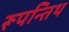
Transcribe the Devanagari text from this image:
रूपन्तिथ